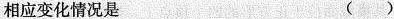
相应变化情况是 ( )